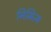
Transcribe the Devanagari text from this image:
निमित्त्य